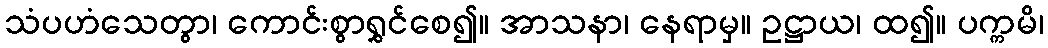
သံပဟံသေတွာ၊ ကောင်းစွာရွှင်စေ၍။ အာသနာ၊ နေရာမှ။ ဥဋ္ဌာယ၊ ထ၍။ ပက္ကမိ၊